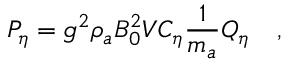
P _ { \eta } = g ^ { 2 } \rho _ { a } B _ { 0 } ^ { 2 } V C _ { \eta } { \frac { 1 } { m _ { a } } } Q _ { \eta } ~ ~ \ ,